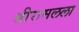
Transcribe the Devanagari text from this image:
श्रीरामलला